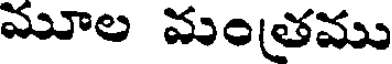
మూల మంతము